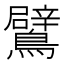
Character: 鷿